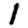
Digit: 1